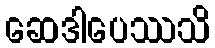
ဆေဒါပေဿသိ